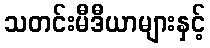
သတင်းမီဒီယာများနှင့်